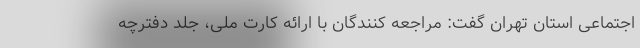
اجتماعی استان تهران گفت: مراجعه کنندگان با ارائه کارت ملی، جلد دفترچه